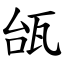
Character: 瓵